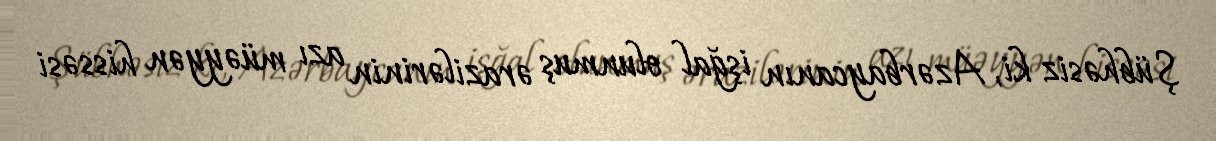
Şübhəsiz ki, Azərbaycanın işğal olunmuş ərazilərinin azı müəyyən hissəsi